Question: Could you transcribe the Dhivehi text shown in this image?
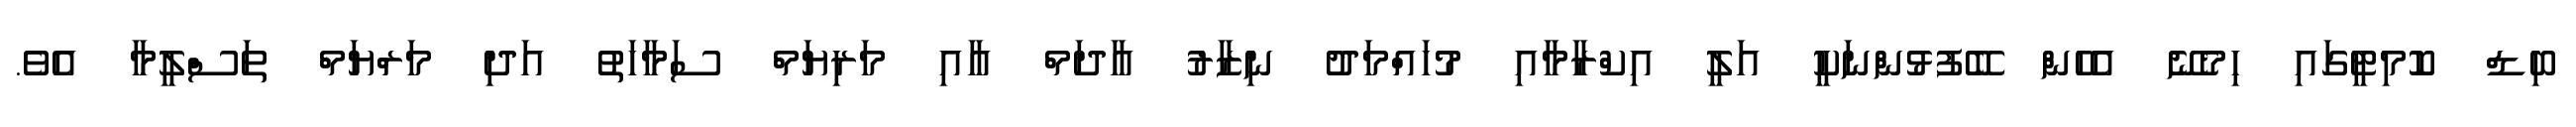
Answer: ބިޑް ކޮމިޓީގައި ހިމެނޭ އެހެން ބޭފުޅުންނަކީ އަލީ އިކްރާމާއި މުހައްމަދު ނިޒާރު އާދަމް އާއި މަރިޔަމް ސަމާހަތު އަދި މަރްޔަމް ތަސްލީމާ އެވެ.